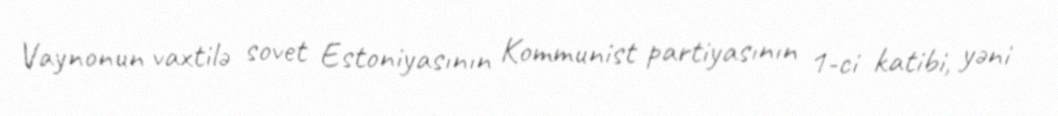
Vaynonun vaxtilə sovet Estoniyasının Kommunist partiyasının 1-ci katibi, yəni